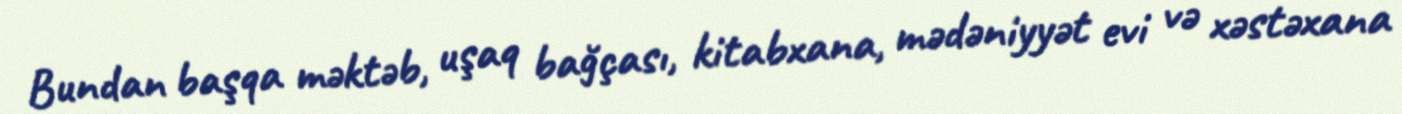
Bundan başqa məktəb, uşaq bağçası, kitabxana, mədəniyyət evi və xəstəxana